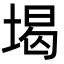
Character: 堨